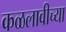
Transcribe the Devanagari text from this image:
कळलावीच्या